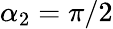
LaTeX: \alpha_{2}=\pi/2